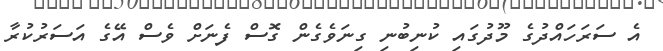
އެ ސަރަހައްދުގެ މޫދުގައި ކުނިބުނި ގިނަވެގެން ގޮސް ފެނަށް ވެސް އޭގެ އަސަރުކުރާ